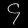
Digit: ၄